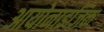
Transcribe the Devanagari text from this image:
आयोनाइजिक